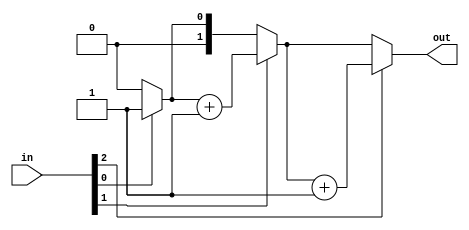
module top_module( 
    input [2:0] in,
    output [1:0] out );
    integer i;
    wire tmp = 0;
    always @(*) begin
        out = tmp;
        for (i=0;i<3;i = i+1) begin
            out = in[i] ? out+1 : out;
        end
    end
endmodule